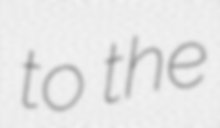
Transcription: to the